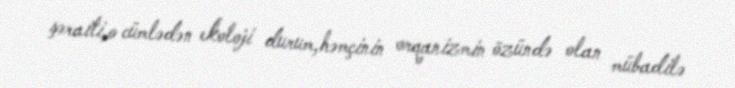
şəraiti,o cümlədən ekoloji durum,həmçinin orqanizmin özündə olan mübadilə